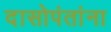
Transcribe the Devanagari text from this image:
दासोपंतांना